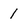
Character: 1